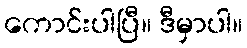
ကောင်းပါပြီ။ ဒီမှာပါ။